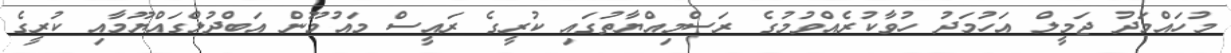
މުހައްމަދު ޖަމީލް އަހުމަދު ހުވާކުރެއްވުމުގެ ރަސްމިއްޔާތުގައި ކުރީގެ ރައީސް މައުމޫން އަބްދުލްގައްޔޫމާއި ކުރީގެ